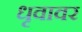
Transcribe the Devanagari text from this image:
धृवावर